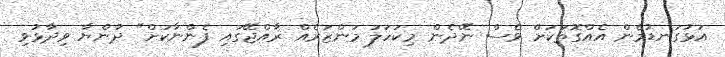
އަޅުގަނޑުމެން އެއްގޮތަކަށް ވެސް ނޭދެން މިކަހަލަ މަންޒަރެއް ރާއްޖޭގައި ފެންނާކަށް" ދުންޔާ ވިދާޅުވި